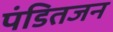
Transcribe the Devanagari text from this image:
पंडितजन